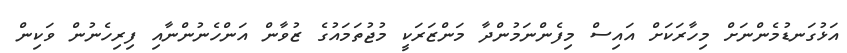
އަޅުގަނޑުމެންނަށް މިހާރަކަށް އައިސް މިފެންނަމުންދާ މަންޒަރަކީ މުޖުތަމައުގެ ޒުވާން އަންހެނުންނާއި ފިރިހެނުން ވަކިން